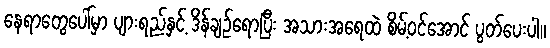
နေရာတွေပေါ်မှာ ပျားရည်နှင့် ဒိန်ချဉ်ရောပြီး အသားအရေထဲ စိမ့်ဝင်အောင် ပွတ်ပေးပါ။